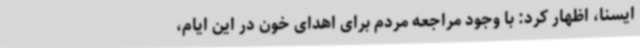
ایسنا، اظهار کرد: با وجود مراجعه مردم برای اهدای خون در این ایام،